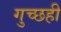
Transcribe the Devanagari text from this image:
गुच्छही